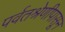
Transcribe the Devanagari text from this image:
पर्वतश्रेणीपासून